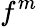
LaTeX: f^{m}